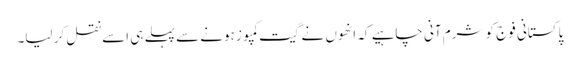
پاکستانی فوج کو شرم آنی چاہیے کہ انھوں نے گیت کمپوز ہونے سے پہلے ہی اسے نقل کر لیا۔